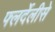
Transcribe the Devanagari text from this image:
फ्लर्देलीसे